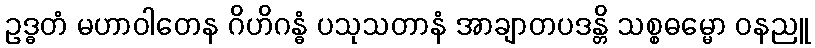
ဥဒ္ဓတံ မဟာဝါတေန ဂိဟိဂန္ဓံ ပသုသတာနံ အာချာတပဒန္တိ သစ္စဓမ္မော ဝနညူ